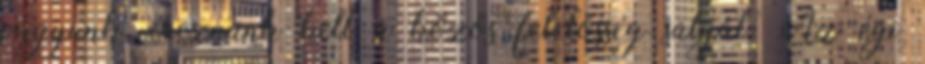
vagyunk, éreznünk kell a közös felelõsség súlyát. Az égi